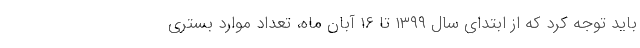
باید توجه کرد که از ابتدای سال ۱۳۹۹ تا ۱۶ آبان ماه، تعداد موارد بستری